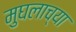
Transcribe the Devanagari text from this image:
मुघलाच्या